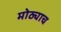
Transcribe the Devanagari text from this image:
मोठ्याच